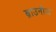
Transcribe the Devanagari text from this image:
ब्राउनीज